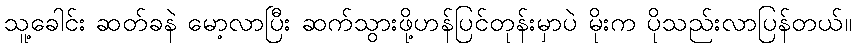
သူ့ခေါင်း ဆတ်ခနဲ မော့လာပြီး ဆက်သွားဖို့ဟန်ပြင်တုန်းမှာပဲ မိုးက ပိုသည်းလာပြန်တယ်။